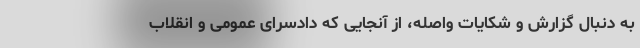
به دنبال گزارش و شکایات واصله، از آنجایی که دادسرای عمومی و انقلاب